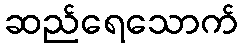
ဆည်ရေသောက်